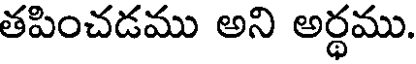
తపించడము అని అర్థము.